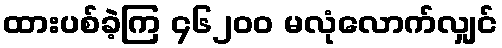
ထားပစ်ခဲ့ကြ ၄၆၂၀၀ မလုံလောက်လျှင်